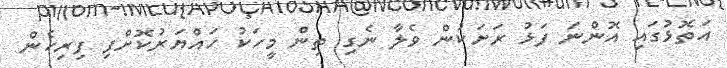
އަތޮޅުގައި އޮންނަ ފަޅު ރަށަކުން ވެލާ ނެގި ތިން މީހަކު ހައްޔަރުކޮށްފި ފިރިހެން